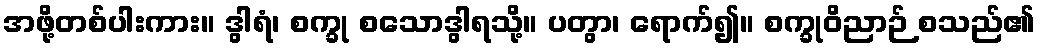
အဖို့တစ်ပါးကား။ ဒွါရံ၊ စက္ခု စသောဒွါရသို့။ ပတွာ၊ ရောက်၍။ စက္ခုဝိညာဉ် စသည်၏